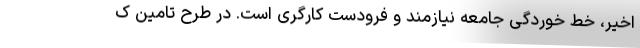
اخیر، خط خوردگی جامعه نیازمند و فرودست کارگری است. در طرح تامین ک